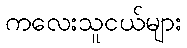
ကလေးသူငယ်များ